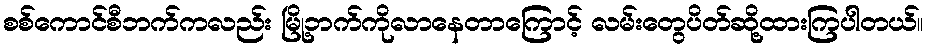
စစ်ကောင်စီဘက်ကလည်း မြို့ဘက်ကိုလာနေတာကြောင့် လမ်းတွေပိတ်ဆို့ထားကြပါတယ်။